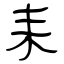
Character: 耒